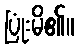
ပြုံးမိ၏။